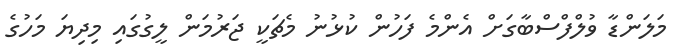
މަލަންޑާ ވުލްފްސްބާގަށް އެންމެ ފަހުން ކުޅުނު މެޗަކީ ޖަރުމަން ލީގުގައި މިދިޔަ މަހުގެ